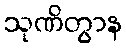
သုဏိတွာန